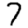
Digit: 7